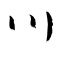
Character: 川